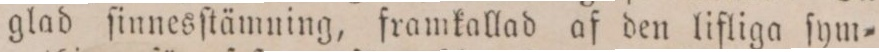
glad ſinnesſtämning, framkallad af den lifliga ſym=